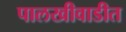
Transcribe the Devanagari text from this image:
पालखीवाडीत